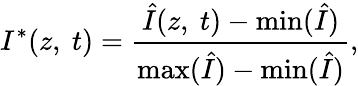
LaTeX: I^{*}(z,\ t)=\frac{\hat{I}(z,\ t)-\mathrm{min}(\hat{I})}{\mathrm{max}(\hat{I})-\mathrm{min}(\hat{I})},